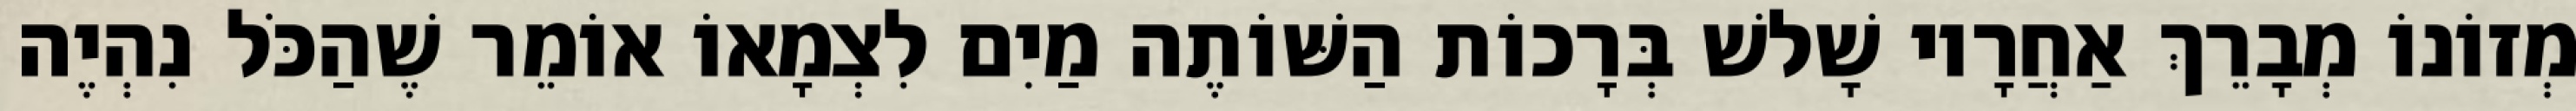
מְזוֹנוֹ מְבָרֵךְ אַחֲרָיו שָׁלשׁ בְּרָכוֹת הַשּׁוֹתֶה מַיִם לִצְמָאוֹ אוֹמֵר שֶׁהַכֹּל נִהְיֶה